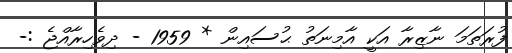
ފުރަތަމަ ނާޒިރާ އަކީ އާމިނަތު ޙުސައިން * 1959 - ދިވެހިރާއްޖެ :-